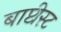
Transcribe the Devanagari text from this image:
बाप्टीस्ट